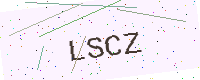
Text: LSCZ